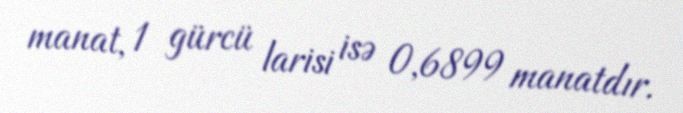
manat, 1 gürcü larisi isə 0,6899 manatdır.